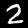
Digit: 2